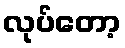
လုပ်တော့